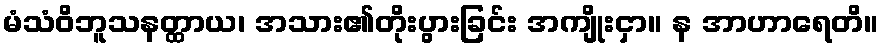
မံသံဝိဘူသနတ္ထာယ၊ အသား၏တိုးပွားခြင်း အကျိုးငှာ။ န အာဟာရေတိ။